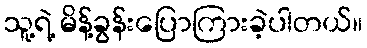
သူ့ရဲ့ မိန့်ခွန်းပြောကြားခဲ့ပါတယ်။